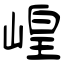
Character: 崲